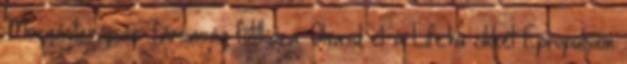
Mozgásterápiás Társaság főtitkára. Olvasd el a Life.hu cikkét Epropulsion